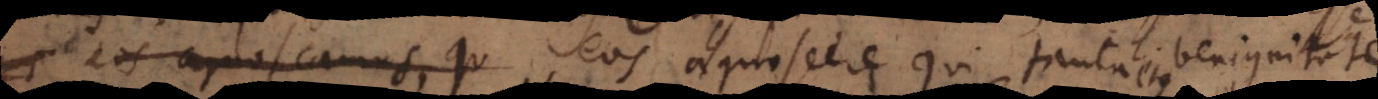
eos agnoscemus, qu eos agnoscere qui tanta ben